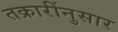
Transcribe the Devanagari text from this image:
तक्रारींनुसार